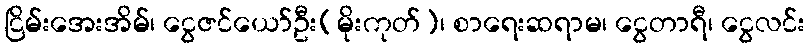
ငြိမ်းအေးအိမ်၊ ငွေဇင်ယော်ဦး(မိုးကုတ်)၊ စာရေးဆရာမ၊ ငွေတာရီ၊ ငွေလင်း